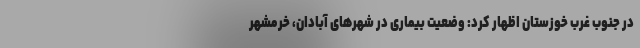
در جنوب غرب خوزستان اظهار کرد: وضعیت بیماری در شهرهای آبادان، خرمشهر